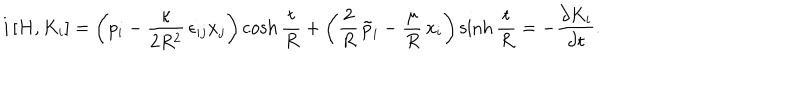
LaTeX: i \, [ H , K _ { i } ] = \left( p _ { i } - \frac { \kappa } { 2 R ^ { 2 } } \, \epsilon _ { i j } x _ { j } \right) \cosh \frac { t } { R } + \left( \frac { 2 } { R } \, \tilde { p } _ { i } - \frac { \mu } { R } \, x _ { i } \right) \sinh \frac { t } { R } = - \frac { \partial K _ { i } } { \partial t } .